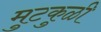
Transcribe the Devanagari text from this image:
मुटकुळी